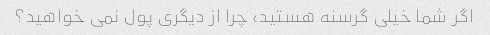
اگر شما خیلی گرسنه هستید، چرا از دیگری پول نمی خواهید؟